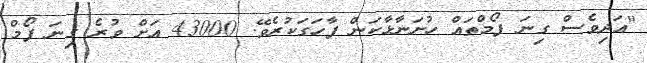
"އަދިވެސް ގިނަ ފޯމްތައް ހުށަނާޅާކަން ފާހަގަކުރެވޭ. 43000 އަށް ވުރެ ގިނަ ފޯމް